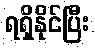
ရရှိနိုင်ပြီး